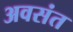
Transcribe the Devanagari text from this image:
अवसंत